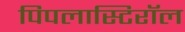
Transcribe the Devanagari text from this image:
पिपलास्टिरॉल